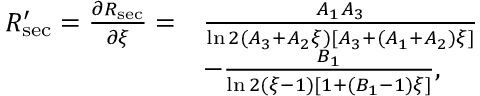
\begin{array} { r l } { R _ { \mathrm { s e c } } ^ { \prime } = \frac { \partial R _ { \mathrm { s e c } } } { \partial \xi } = } & { \frac { A _ { 1 } A _ { 3 } } { \ln 2 ( A _ { 3 } + A _ { 2 } \xi ) [ A _ { 3 } + ( A _ { 1 } + A _ { 2 } ) \xi ] } } \\ & { - \frac { B _ { 1 } } { \ln 2 ( \xi - 1 ) [ 1 + ( B _ { 1 } - 1 ) \xi ] } , } \end{array}